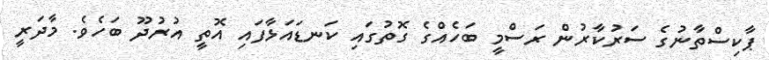
ޕާކިސްތާނުގެ ސަރުކާރުން ރަސްމީ ބަހެއްގެ ގޮތުގައި ކަނޑައަޅާފައި އޮތީ އުރުދޫ ބަހެވެ. މާދަރީ